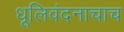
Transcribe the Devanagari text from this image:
धूलिवंदनाचाच